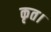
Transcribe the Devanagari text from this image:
कृत।